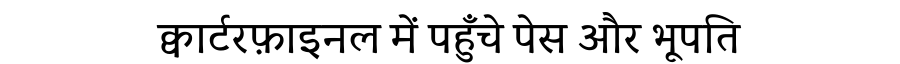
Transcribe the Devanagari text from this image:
क्वार्टरफ़ाइनल में पहुँचे पेस और भूपति